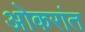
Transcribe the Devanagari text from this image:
ओकरांत